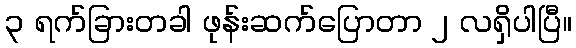
၃ ရက်ခြားတခါ ဖုန်းဆက်ပြောတာ ၂ လရှိပါပြီ။